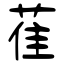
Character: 萑